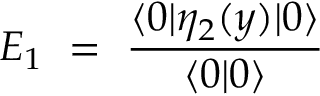
E _ { 1 } \ = \ \frac { \langle 0 \vert \eta _ { 2 } ( y ) \vert 0 \rangle } { \langle 0 \vert 0 \rangle }